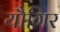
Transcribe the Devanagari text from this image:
यौगिर